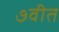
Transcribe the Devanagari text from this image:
७वीत